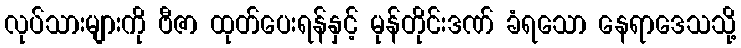
လုပ်သားများကို ဗီဇာ ထုတ်ပေးရန်နှင့် မုန်တိုင်းဒဏ် ခံရသော နေရာဒေသသို့